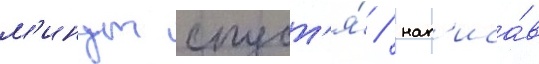
м'инут спуст'я́ / нап'иса́в